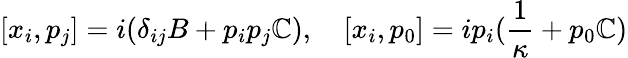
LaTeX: [x_{i},p_{j}]=i(\delta_{ij}B+p_{i}p_{j}\mathbb{C}),\quad[x_{i},p_{0}]=ip_{i}(\frac{{1}}{{\kappa}}+p_{0}\mathbb{C})